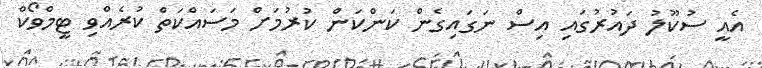
އެއީ ސުކޫލު ދައުރުގައި އިސް ނަގައިގެން ކަންކަން ކުރުމަށް މަސައްކަތް ކުރެއްވި ޓީމްވޯކް